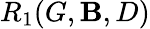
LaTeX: R_{1}(G,\mathbf{B},D)